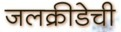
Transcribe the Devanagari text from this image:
जलक्रीडेची